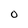
Character: O